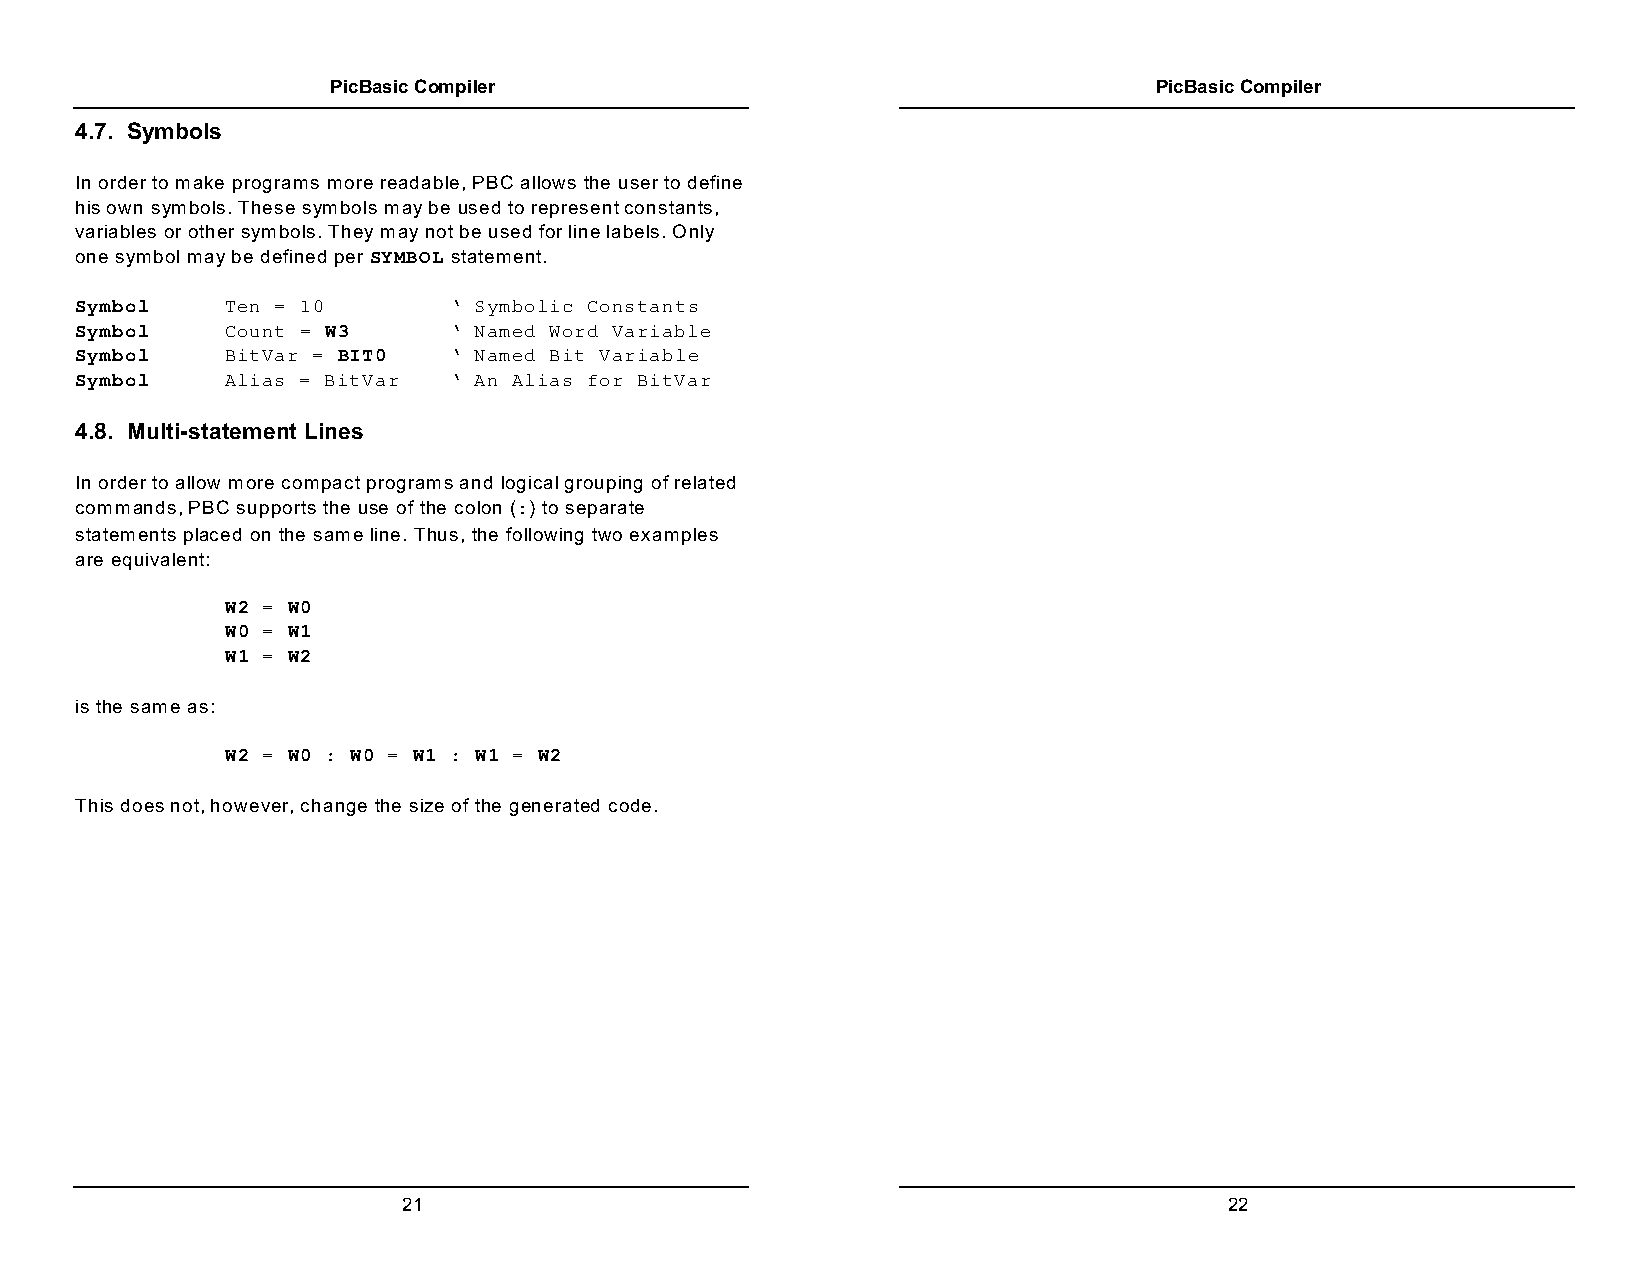
PicBasic Compiler                                     PicBasic Compiler
 4.7. Symbols
 In order to make programs more readable, PBC allows the user to define
 his own symbols. These symbols may be used to represent constants,
 variables or other symbols. They may not be used for line labels. Only
 one symbol may be defined per SYMBOL statement.
 Symbol    Ten = 10       ‘ Symbolic Constants
 Symbol    Count = W3     ‘ Named Word Variable
 Symbol    BitVar = BIT0  ‘ Named Bit Variable
 Symbol    Alias = BitVar ‘ An Alias for BitVar
 4.8. Multi-statement Lines
 In order to allow more compact programs and logical grouping of related
 commands, PBC supports the use of the colon (:) to separate
 statements placed on the same line. Thus, the following two examples
 are equivalent:
 W2 = W0
 W0 = W1
 W1 = W2
 is the same as:
 W2 = W0 : W0 = W1 : W1 = W2
 This does not, however, change the size of the generated code.
 21                                                    22